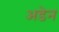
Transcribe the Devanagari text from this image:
अडेन